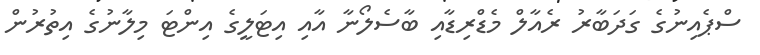
ސްޕެއިނުގެ ގަދަބާރު ރެއާލް މެޑްރިޑާއި ބާސެލޯނާ އާއި އިޓަލީގެ އިންޓަ މިލާނުގެ އިތުރުން